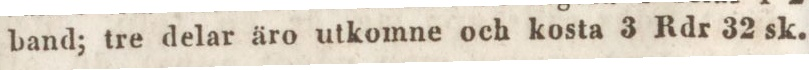
band; tre delar äro utkomne och kosta 3 Rdr 32 sk.